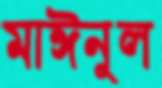
মাঈনুল